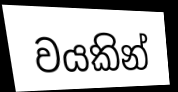
වයකින්